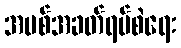
အပစ်အခတ်ရပ်စဲရေး